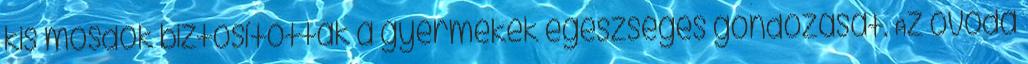
kis mosdók biztosították a gyermekek egészséges gondozását. Az óvoda